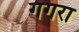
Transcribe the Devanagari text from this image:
गगरा